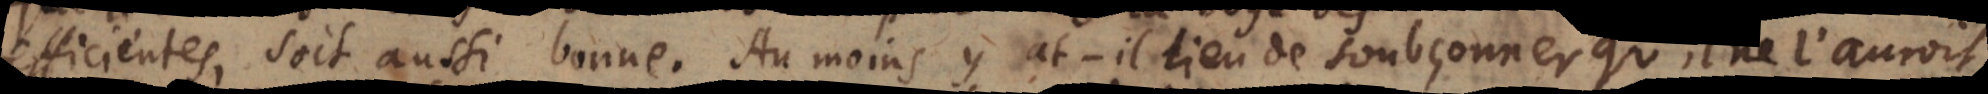
efficientes, soit aussi bonne. Au moins y at‐il lieu de soubçonner qu’il ne l’auroit